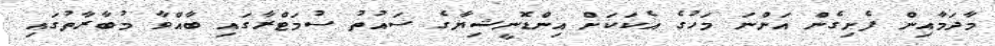
މާދަމާއިން ފެށިގެން އަންނަ މަހުގެ އެކަކަށް އިންޑޮނީޝިޔާގެ ސައުތު ސުމަޓްރާގައި ބާއްވާ މުބާރާތުގައި